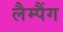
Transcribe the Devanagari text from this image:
लैम्पैंग